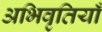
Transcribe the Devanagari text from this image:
अभिवृतियाँ